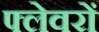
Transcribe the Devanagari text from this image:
फ्लेवरों